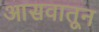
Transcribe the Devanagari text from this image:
आसवातून